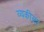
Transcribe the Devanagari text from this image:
व्यकीला